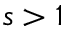
s > 1